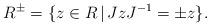
LaTeX: \begin{align*}R^\pm=\{ z\in R\,\vert\, JzJ^{-1}=\pm z\}.\end{align*}